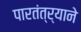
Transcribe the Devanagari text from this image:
पारतंत्र्याने